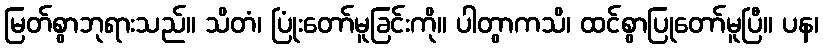
မြတ်စွာဘုရားသည်။ သိတံ၊ ပြုံးတော်မူခြင်းကို။ ပါတွာကသိ၊ ထင်စွာပြုတော်မူပြီ။ ပန၊